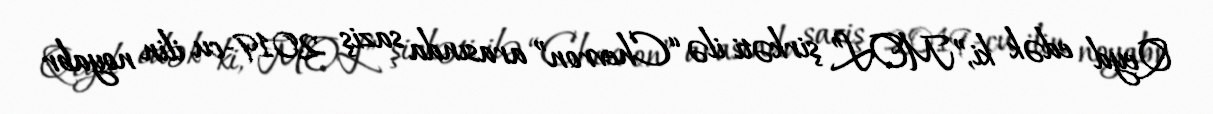
Qeyd edək ki,”MOL” şirkəti ilə “Chevron” arasında saziş 2019-cu ilin noyabr